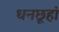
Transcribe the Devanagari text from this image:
धनछूहां